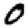
Digit: 0